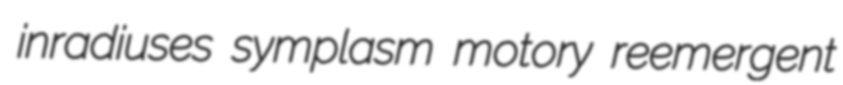
inradiuses symplasm motory reemergent